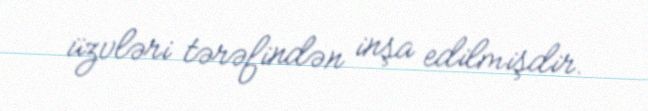
üzvləri tərəfindən inşa edilmişdir.